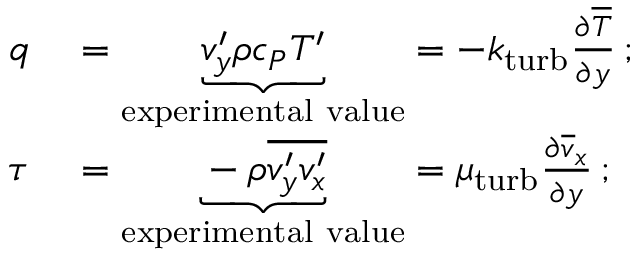
\begin{array} { r l } { q } & { { } = \underbrace { v _ { y } ^ { \prime } \rho c _ { P } T ^ { \prime } } _ { \mathrm { e x p e r i m e n t a l ~ v a l u e } } = - k _ { \mathrm { t u r b } } { \frac { \partial { \overline { { T } } } } { \partial y } } \, ; } \\ { \tau } & { { } = \underbrace { - \rho { \overline { { v _ { y } ^ { \prime } v _ { x } ^ { \prime } } } } } _ { \mathrm { e x p e r i m e n t a l ~ v a l u e } } = \mu _ { \mathrm { t u r b } } { \frac { \partial { \overline { { v } } } _ { x } } { \partial y } } \, ; } \end{array}